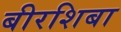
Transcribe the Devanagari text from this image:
बीरशिबा